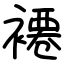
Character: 褼